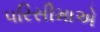
પરિસીમાએ